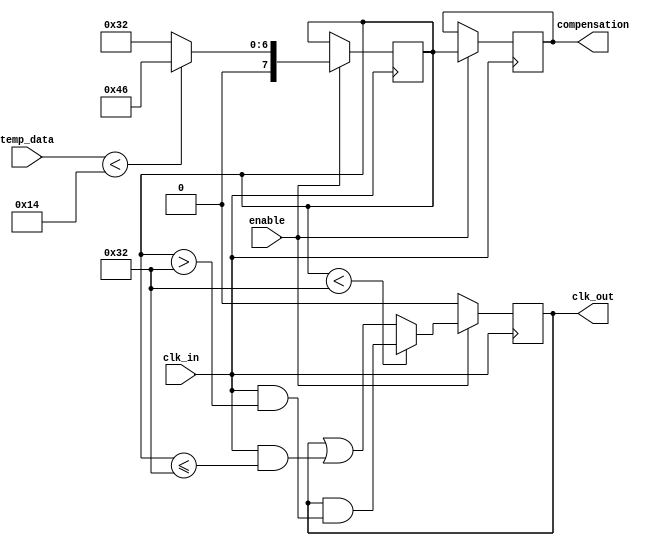
module TempCompClockBuffer (
    input wire clk_in,          // Input clock signal
    input wire [7:0] temp_data, // Temperature data from sensor
    input wire enable,          // Enable signal for the buffer
    output reg clk_out,         // Output clock signal
    output reg [7:0] compensation // Compensation parameters
);

// Parameters for temperature compensation
parameter TEMP_THRESHOLD_LOW = 8'd20;  // Example low temperature threshold
parameter TEMP_THRESHOLD_HIGH = 8'd80;  // Example high temperature threshold

// Internal signals
reg [7:0] delay_adjustment; // Delay adjustment based on temperature
reg [7:0] duty_cycle_adjustment; // Duty cycle adjustment based on temperature

// Clock buffering logic
always @(posedge clk_in) begin
    if (enable) begin
        // Temperature compensation logic
        if (temp_data < TEMP_THRESHOLD_LOW) begin
            // Increase delay and adjust duty cycle for low temperatures
            delay_adjustment <= 8'd10; // Example value
            duty_cycle_adjustment <= 8'd70; // Example value
        end else if (temp_data > TEMP_THRESHOLD_HIGH) begin
            // Decrease delay and adjust duty cycle for high temperatures
            delay_adjustment <= 8'd5; // Example value
            duty_cycle_adjustment <= 8'd50; // Example value
        end else begin
            // Normal operation
            delay_adjustment <= 8'd0;
            duty_cycle_adjustment <= 8'd50; // Default duty cycle
        end

        // Apply delay adjustment (simplified)
        clk_out <= #delay_adjustment clk_in;

        // Adjust duty cycle (simplified)
        if (duty_cycle_adjustment < 8'd50) begin
            clk_out <= clk_out & (clk_in & (duty_cycle_adjustment[7:0] > 8'd50));
        end else begin
            clk_out <= clk_out | (clk_in & (duty_cycle_adjustment[7:0] <= 8'd50));
        end

        // Store compensation parameters for monitoring
        compensation <= {delay_adjustment, duty_cycle_adjustment};
    end else begin
        clk_out <= 1'b0; // Disable output clock when not enabled
    end
end

endmodule